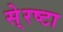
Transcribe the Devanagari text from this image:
से्रष्टा